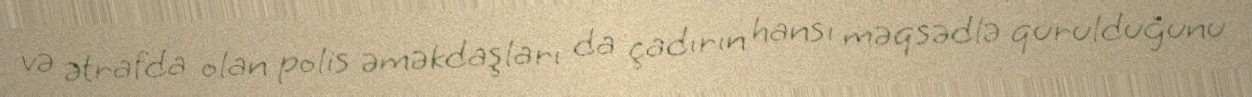
və ətrafda olan polis əməkdaşları da çadırın hansı məqsədlə qurulduğunu